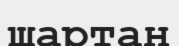
шартан